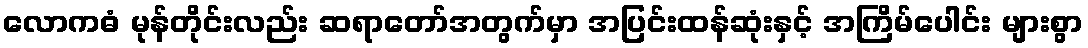
လောကဓံ မုန်တိုင်းလည်း ဆရာတော်အတွက်မှာ အပြင်းထန်ဆုံးနှင့် အကြိမ်ပေါင်း များစွာ